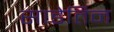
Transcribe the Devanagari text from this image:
साडेतिन